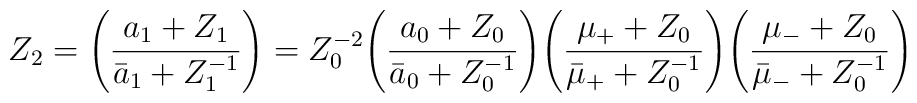
Z_2=\Biggl(\frac{a_1+Z_1}{{\bar a}_1 +Z_1^{-1}}\Biggr)=Z_0^{-2}\Biggl(\frac{a_0+Z_0}{{\bar a}_0+Z_0^{-1}}\Biggr)\Biggl(\frac{\mu_+ +Z_0}{{\bar \mu}_++Z_0^{-1}}\Biggr)\Biggl(\frac{\mu_-+Z_0}{{\bar \mu}_- +Z_0^{-1}}\Biggr)